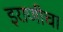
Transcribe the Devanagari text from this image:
इराणीचा